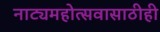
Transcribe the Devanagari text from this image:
नाट्यमहोत्सवासाठीही